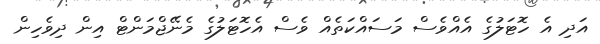
އަދި އެ ހޮޓަލުގެ އެއްވެސް މަސައްކަތެއް ވެސް އެހޮޓަލުގެ މެނޭޖްމަންޓް އިން ދިވެހިން